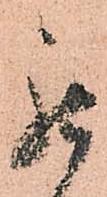
罷